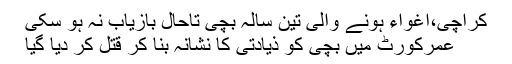
کراچی،اغواء ہونے والی تین سالہ بچی تاحال بازیاب نہ ہو سکی
عمرکورٹ میں بچی کو ذیادتی کا نشانہ بنا کر قتل کر دیا گیا